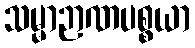
သမ္မာဉာဏပစ္စယာ